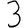
Digit: 3